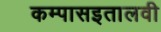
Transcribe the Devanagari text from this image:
कम्पासइतालवी